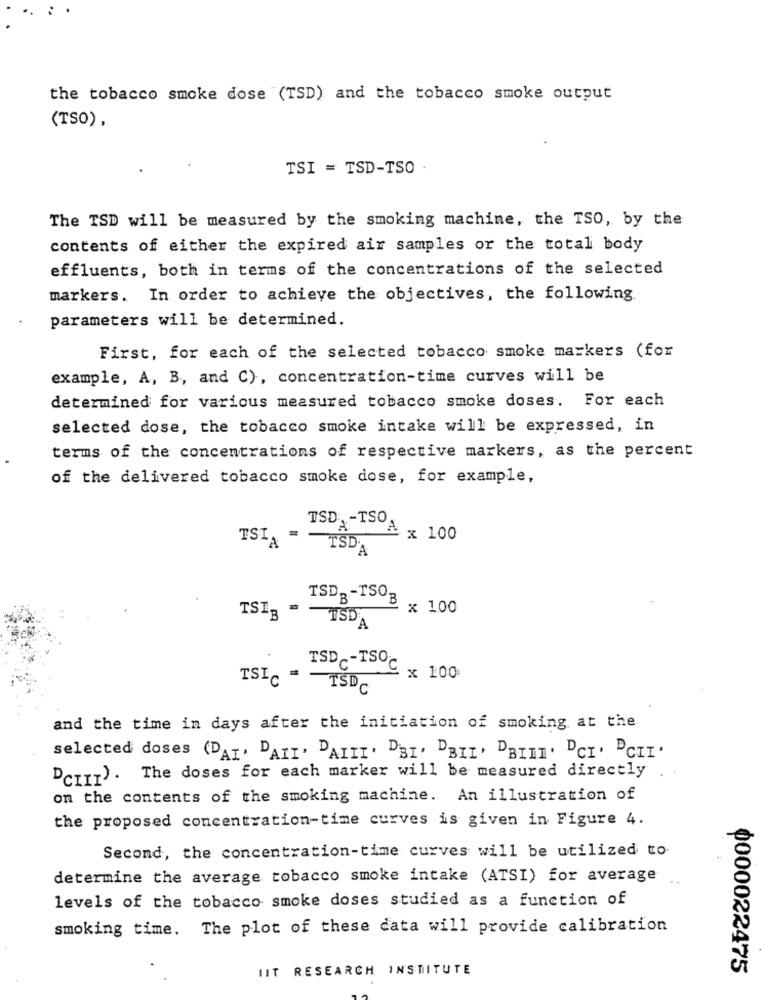
the tobacco smoke dose (TSD) and the tobacco smoke output
(TSO).
TSI = TSD-TSO
The TSD will be measured by the smoking machine, the TSO, by the
contents of either the expired air samples or the total body
effluents, both in terms of the concentrations of the selected
markers. In order to achieve the objectives, the following.
parameters will be determined.
First, for each of the selected tobacco smoke markers (for
example, A, B, and C), concentration-time curves will be
determined for various measured tobacco smoke doses. For each
selected dose, the tobacco smoke intake will be expressed, in
terms of the concentrations of respective markers, as the percent
of the delivered tobacco smoke dose, for example,
TSD -IS A x 100
TSIA = ISD'A
TSDB-TSOB
x 100
TSIB = TSD A
TSDC-TSOC
x 100
TSI = TSDC
and the time in days after the initiation of smoking at the.
selected doses (DAT, DAIT, DAIIT. DET, DBIL' DBINT. DCI. PCII'
DCIIT). The doses for each marker will be measured directly
on the contents of the smoking machine. An illustration of
the proposed concentration-time curves is given in Figure 4.
Second, the concentration-time curves will be utilized to
determine the average tobacco smoke intake (ATSI) for average
levels of the tobacco smoke doses studied as a function of
smoking time. The plot of these data will provide calibration
IIT RESEARCH INSTITUTE
0000022475